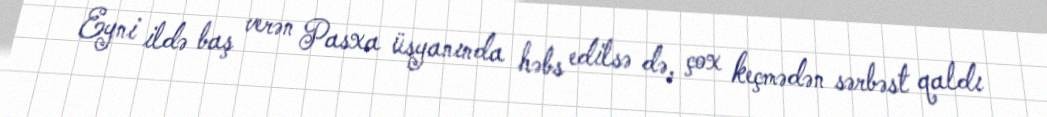
Eyni ildə baş verən Pasxa üsyanında həbs edilsə də, çox keçmədən sərbəst qaldı